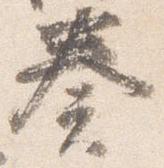
奏